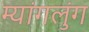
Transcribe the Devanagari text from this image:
म्यांगलुंग